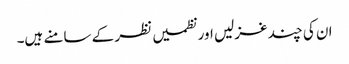
ان کی چند غزلیں اور نظمیں نظر کے سامنے ہیں۔